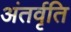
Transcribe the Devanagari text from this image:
अंतर्वृति